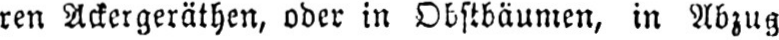
ren Ackergeräthen, oder in Obstbäumen, in Abzug